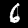
Label: 6